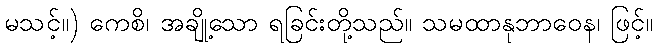
မသင့်။) ကေစိ၊ အချို့သော ရခြင်းတို့သည်။ သမထာနုဘာဝေန၊ ဖြင့်။